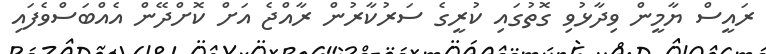
ރައީސް ޔާމީން ވިދާޅުވި ގޮތުގައި ކުރީގެ ސަރުކާރުން ރާއްޖެ އަށް ކޮށްދޭން އެއްބަސްވެފައި